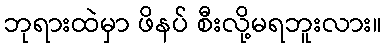
ဘုရားထဲမှာ ဖိနပ် စီးလို့မရဘူးလား။